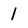
Character: 1